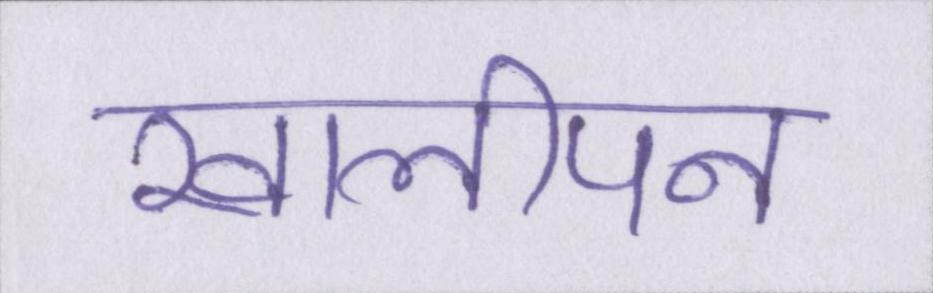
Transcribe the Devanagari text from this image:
खालीपन